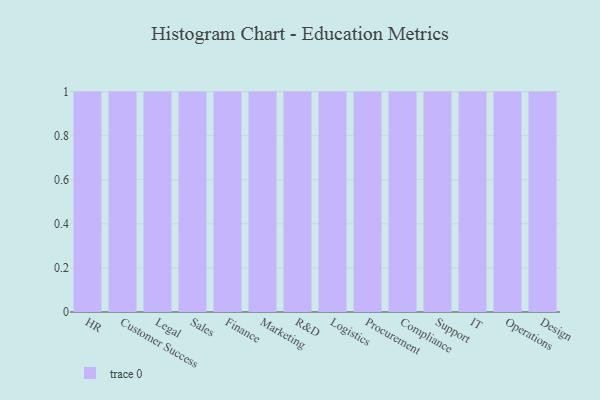
{"axis": {"x": "Department", "y": "Customer Acquisition Cost (USD)"}, "legend": [""], "data": [{"x": "HR", "y": 8, "type": ""}, {"x": "Customer Success", "y": 33, "type": ""}, {"x": "Legal", "y": 97, "type": ""}, {"x": "Sales", "y": 64, "type": ""}, {"x": "Finance", "y": 24, "type": ""}, {"x": "Marketing", "y": 77, "type": ""}, {"x": "R&D", "y": 62, "type": ""}, {"x": "Logistics", "y": 71, "type": ""}, {"x": "Procurement", "y": 38, "type": ""}, {"x": "Compliance", "y": 22, "type": ""}, {"x": "Support", "y": 72, "type": ""}, {"x": "IT", "y": 24, "type": ""}, {"x": "Operations", "y": 86, "type": ""}, {"x": "Design", "y": 65, "type": ""}]}